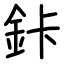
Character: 鉲